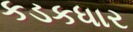
કડકધાર